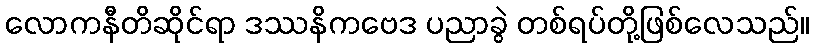
လောကနီတိဆိုင်ရာ ဒဿနိကဗေဒ ပညာခွဲ တစ်ရပ်တို့ဖြစ်လေသည်။